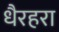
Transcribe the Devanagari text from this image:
धैरहरा